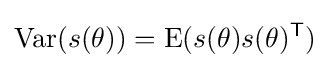
\operatorname {Var} (s(\theta ))=\operatorname {E} (s(\theta )s(\theta )^{\mathsf {T}})